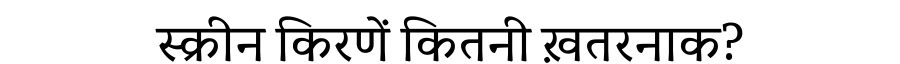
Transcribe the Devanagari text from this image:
स्क्रीन किरणें कितनी ख़तरनाक?